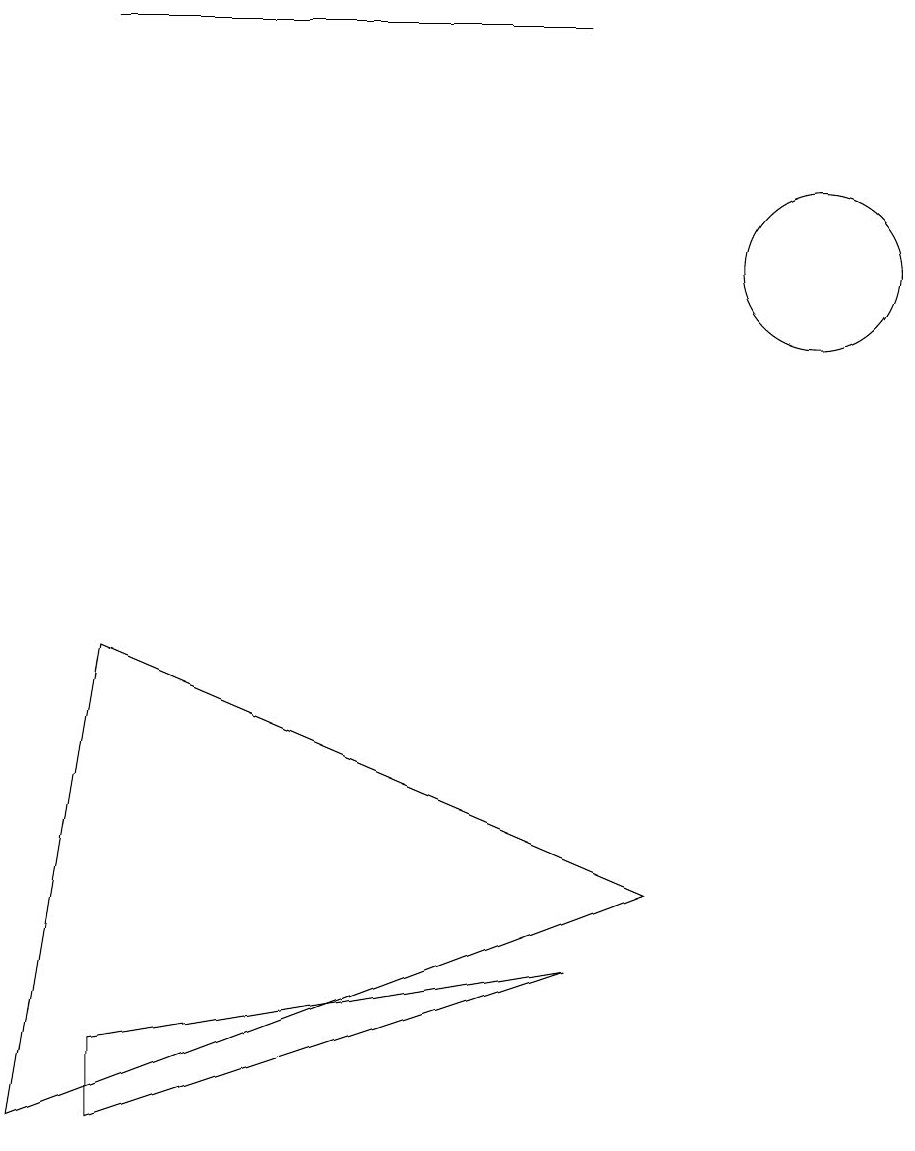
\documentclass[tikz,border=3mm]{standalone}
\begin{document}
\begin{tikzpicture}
\draw (1,1) -- (1,0) -- (7,2) -- cycle;
\draw (10,11) circle (1);
\draw (8,3) -- (1,6) -- (0,0) -- cycle;
\draw (1,14) rectangle (7,14);
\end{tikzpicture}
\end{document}